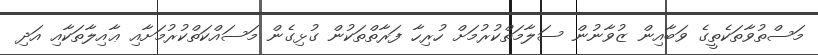
މަސްތުވާތަކެތީގެ ވަބާއިން ޒުވާނުން ސަލާމަތްކުރުމަށް ހުރިހާ ފަރާތްތަކުން ގުޅިގެން މަސައްކަތްކުރުމަށާއި ޢާއިލާތަކާއި އަދި